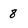
Character: 8